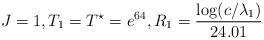
LaTeX: \begin{align*}J = 1, T_1 = T^{\star} = e^{64}, R_1 = \frac{\log(c/\lambda_1)}{24.01}\end{align*}